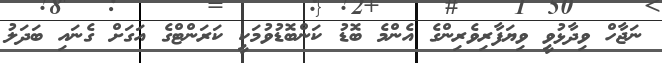
ނަޖާހް ވިދާޅުވީ ވިޔަފާރިވެރިންގެ އެންމެ ބޮޑު ކަންބޮޑުވުމަކީ ކަރަންޓްގެ އަގަށް ގެނައި ބަދަލު